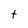
Character: t